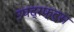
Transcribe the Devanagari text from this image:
उपद्रफ्ट्स